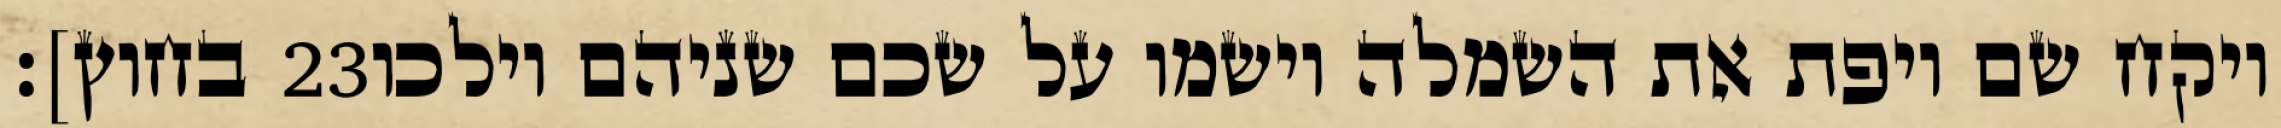
בחוץ]׃ ‎23‏ ויקח שם ויפת את השמלה וישמו על שכם שניהם וילכו